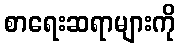
စာရေးဆရာများကို